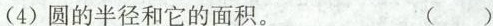
（4）圆的半径和它的面积。（ ）